Civil Veterinary Dept. Assam report 1927-50 - 1927-1950
Year: 1927
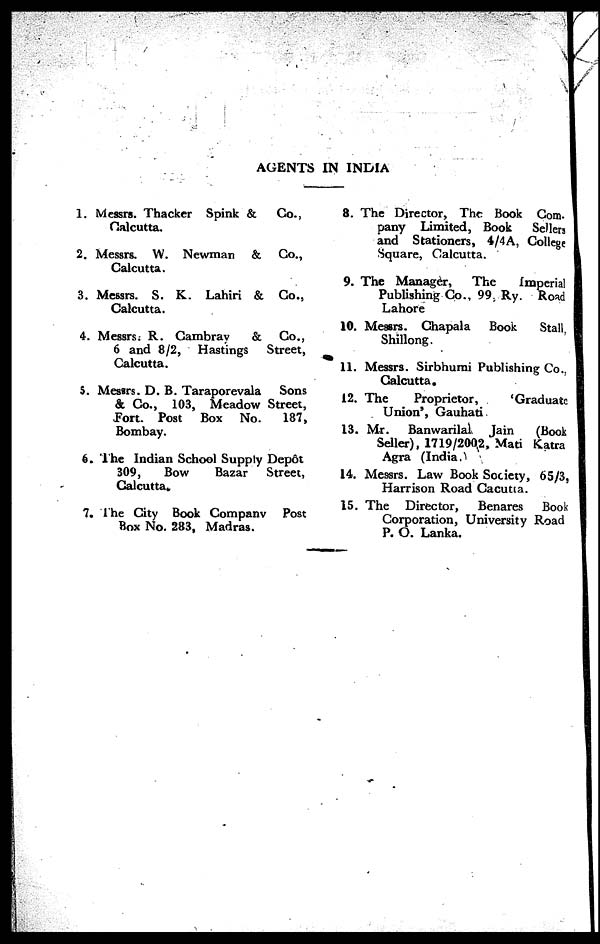
AGENTS IN INDIA
1. Messrs. Thacker Spink &
Co.,
Calcutta.
2. Messrs. W. Newman & Co.,
Calcutta.
3. Messrs. S. K. Lahiri & Co.,
Calcutta.
4. Messrs. R. Cambray
& Co.,
6 and 8/2, Hastings
Street,
Calcutta.
5. Messrs. D. B. Taraporevala
Sons
& Co., 103, Meadow Street,
Fort. Post Box No.
187,
Bombay.
6. The Indian School Supply Depot
309,
Bow
Bazar
Street,
Calcutta.
7. The City Book Companv Post
Box No. 283, Madras.
8. The Director, The Book Com-
pany Limited, Book
Sellers
and Stationers, 4/4A, College
Square, Calcutta.
9. The Manager,
The
Imperial
Publishing Co. 99, Ry. Road
Lahore
10. Messrs. Chapala
Book
Stall,
Shillong.
11. Messrs. Sirbhumi Publishing Co.,
Calcutta.
12. The
Proprietor,
'Graduate
Union', Gauhati
13. Mr. Banwarilal Jain
(Book
Seller), 1719/2002, Mati Katra
Agra (Indian.)
14. Messrs. Law Book Society, 65/3,
Harrison Road Cacutta.
15. The Director,
Benares Book
Corporation, University Road
P. O. Lanka.